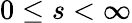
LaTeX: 0\leq s<\infty